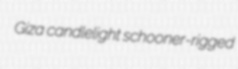
Giza candlelight schooner-rigged